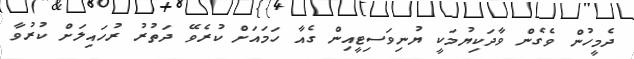
ދެމީހުން ވެގެން ވާދަކިޔުމަކީ ޔުނިވަސިޓީއިން ގެއާ ހަމައަށް ކުރެވޭ ދަތުރު ރުހައިލަށް ކުރުވާ